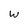
Character: W